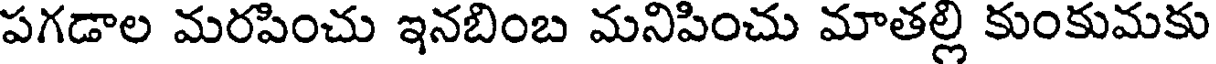
పగడాల మరపించు ఇనబింబ మనిపించు మాతల్లి కుంకుమకు